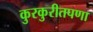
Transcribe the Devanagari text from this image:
कुरकुरीतपणा